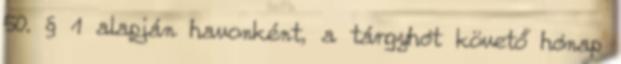
50. § 1 alapján havonként, a tárgyhót követő hónap